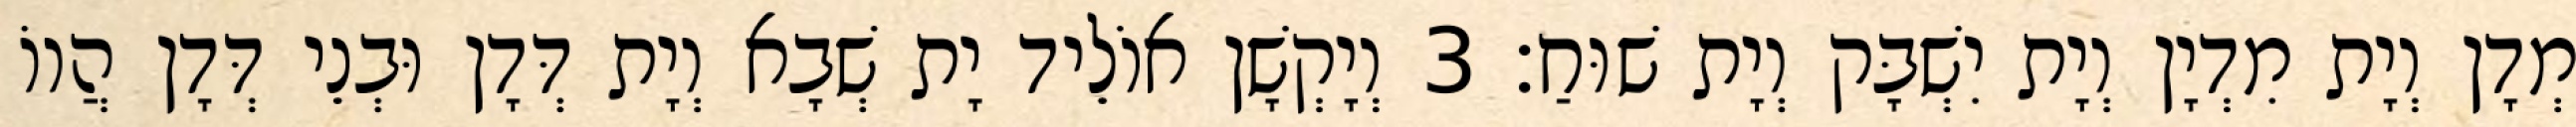
מְדָן וְיָת מִדְיָן וְיָת יִשְׁבָּק וְיָת שׁוּחַ׃ 3 וְיָקְשָׁן אוֹלֵיד יָת שְׁבָא וְיָת דְּדָן וּבְנֵי דְּדָן הֲווֹ